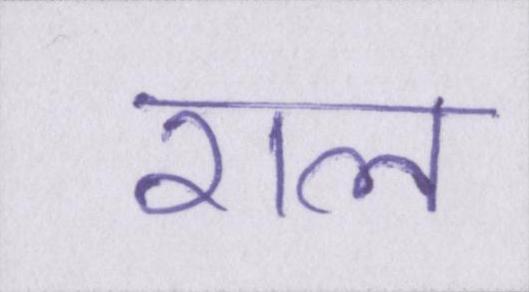
राल